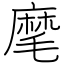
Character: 麾